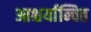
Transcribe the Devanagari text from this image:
आश्चर्यान्वित